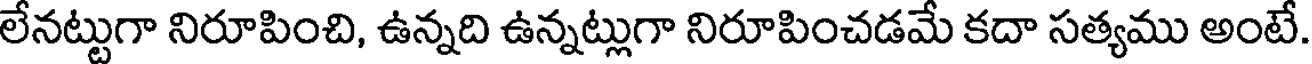
లేనట్టుగా నిరూపించి, ఉన్నది ఉన్నట్లుగా నిరూపించడమే కదా సత్యము అంటే.